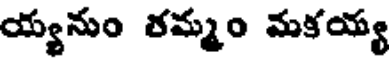
య్యనుం రమ్మం మకయ్య